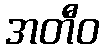
အတီဝ